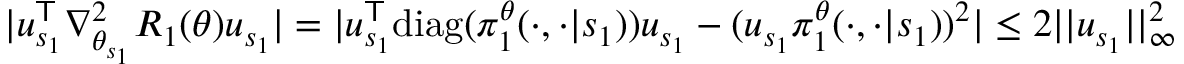
\begin{array} { r } { | u _ { s _ { 1 } } ^ { \mathsf T } \nabla _ { \theta _ { s _ { 1 } } } ^ { 2 } R _ { 1 } ( \theta ) u _ { s _ { 1 } } | = | u _ { s _ { 1 } } ^ { \mathsf T } \mathrm { d i a g } ( \pi _ { 1 } ^ { \theta } ( \cdot , \cdot | s _ { 1 } ) ) u _ { s _ { 1 } } - ( u _ { s _ { 1 } } \pi _ { 1 } ^ { \theta } ( \cdot , \cdot | s _ { 1 } ) ) ^ { 2 } | \le 2 | | u _ { s _ { 1 } } | | _ { \infty } ^ { 2 } } \end{array}